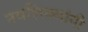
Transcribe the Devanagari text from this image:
नवशिक्यांनी